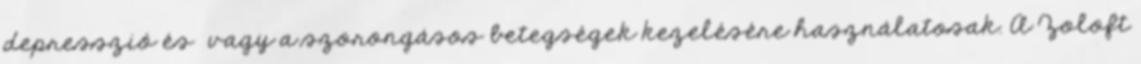
depresszió és vagy a szorongásos betegségek kezelésére használatosak. A Zoloft